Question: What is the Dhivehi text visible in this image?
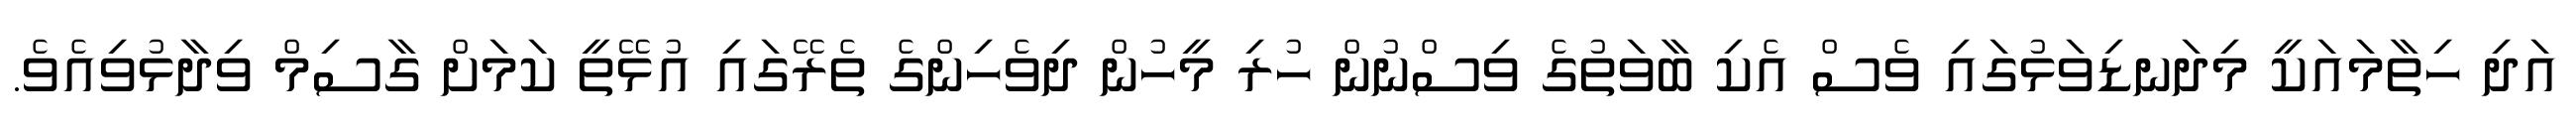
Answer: އަދި ހިތާމައަކީ މިދަނޑިވަޅުގައި ވެސް އެކި ބާވަތުގެ ވިސްނުން ހުރި މީހުން ދިވެހިންގެ ތެރޭގައި އުޅޭތީ ކަމަށް ގާސިމް ވިދާޅުވިއެވެ.